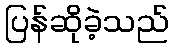
ပြန်ဆိုခဲ့သည်